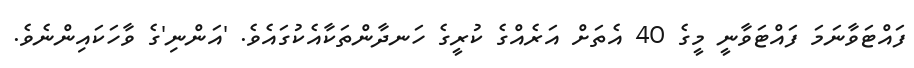
ފައްޓަވާނަމަ ފައްޓަވާނީ މީގެ 40 އެތަށް އަރެއްގެ ކުރީގެ ހަނދާންތަކާއެކުގައެވެ. 'އަންނި'ގެ ވާހަކައިންނެވެ.